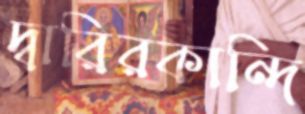
দ্বারিরকান্দি